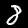
Label: 8